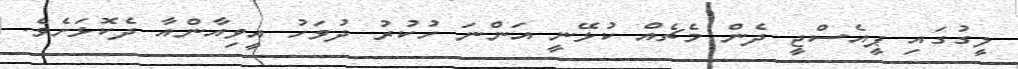
ލީގުގައި ޕީއެސްޖީ ދެން މެޗެއް ކުޅޭނީ އަންނަ ހުކުރު ދުވަހު އީވިއާންއާ ދެކޮޅަށެވެ.